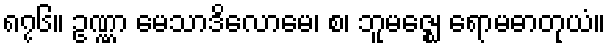
၈၇၆။ ဥဏ္ဏာ မေသာဒိလောမေ၊ စ၊ ဘူမဇ္ဈေ ရောမဓာတုယံ။